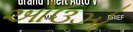
ઓઉઝો